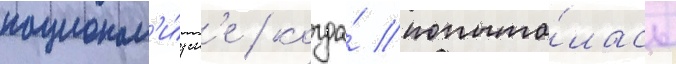
национал'и́зм'е / когда́ попыта́лась